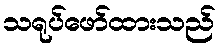
သရုပ်ဖော်ထားသည်